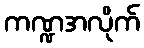
ကဏ္ဍအလိုက်